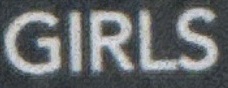
GIRLS